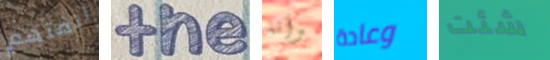
المتهم the وأنه وعادة شئت